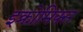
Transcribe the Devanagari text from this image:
इक्रोमिक्स